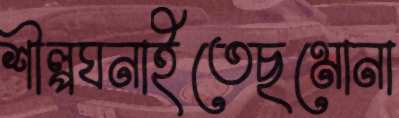
শীল্পঘনাইতেছমোনা